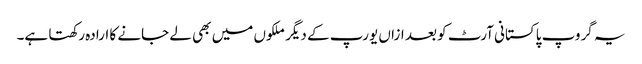
یہ گروپ پاکستانی آرٹ کو بعد ازاں یورپ کے دیگر ملکوں میں بھی لے جانے کا ارادہ رکھتا ہے۔